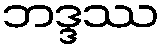
ဘဒ္ဒဿ